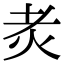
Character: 𤆯